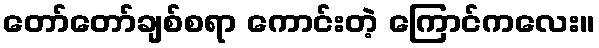
တော်တော်ချစ်စရာ ကောင်းတဲ့ ကြောင်ကလေး။